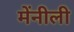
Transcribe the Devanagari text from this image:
मेंनीली